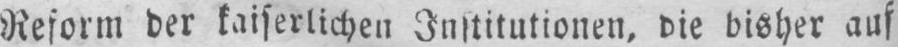
Reform der kaiserlichen Institutionen, die bisher auf